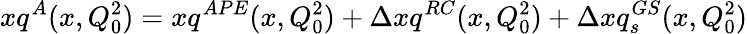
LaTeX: xq^{A}(x,Q_{0}^{2})=xq^{APE}(x,Q_{0}^{2})+\Delta xq^{RC}(x,Q_{0}^{2})+\Delta xq_{s}^{GS}(x,Q_{0}^{2})